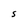
Character: S